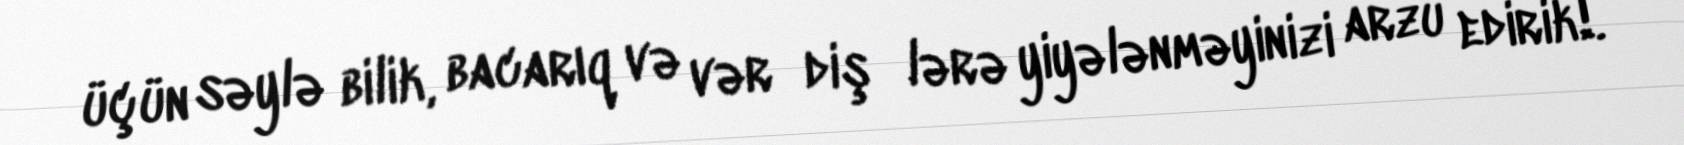
üçün səylə bilik, bacarıq və vər­diş­lərə yiyələnməyinizi arzu edirik!.